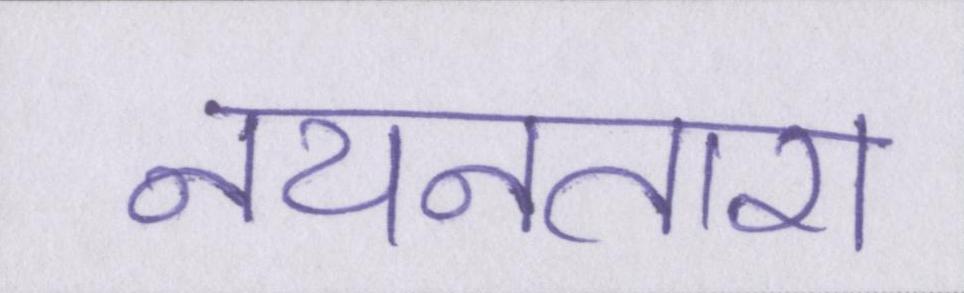
नयनतारा